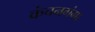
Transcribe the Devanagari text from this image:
कंचनगंगा